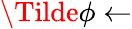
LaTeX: \Tilde{\phi}\gets